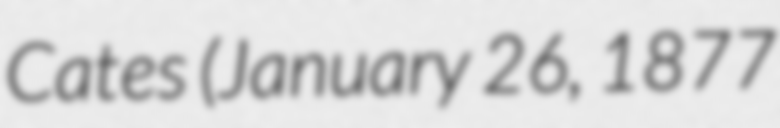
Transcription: Cates (January 26, 1877